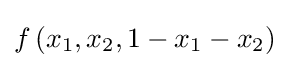
f\left(x_{1},x_{2},1-x_{1}-x_{2}\right)